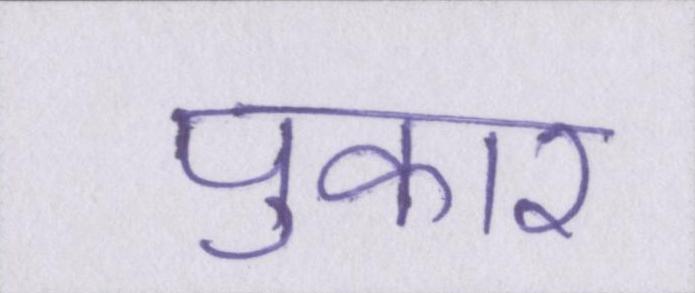
पुकार